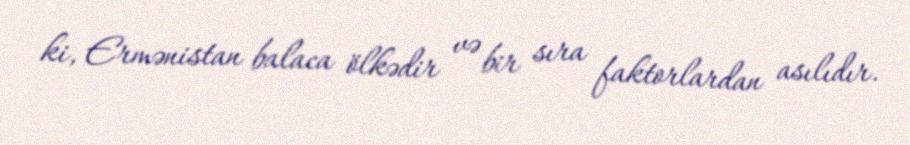
ki, Ermənistan balaca ölkədir və bir sıra faktorlardan asılıdır.